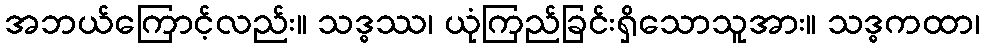
အဘယ်ကြောင့်လည်း။ သဒ္ဓဿ၊ ယုံကြည်ခြင်းရှိသောသူအား။ သဒ္ဓကထာ၊